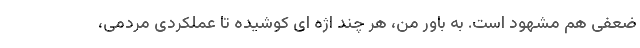
ضعفی هم مشهود است. به باور من، هر چند اژه ای کوشیده تا عملکردی مردمی،